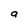
Character: a